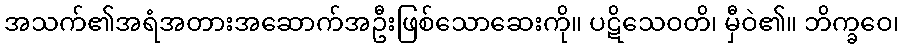
အသက်၏အရံအတားအဆောက်အဦးဖြစ်သောဆေးကို။ ပဋိသေဝတိ၊ မှီဝဲ၏။ ဘိက္ခဝေ၊